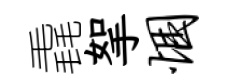
毳挐悃